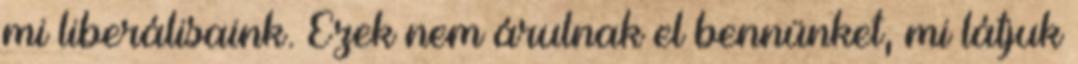
mi liberálisaink. Ezek nem árulnak el bennünket, mi látjuk